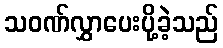
သဝဏ်လွှာပေးပို့ခဲ့သည်